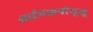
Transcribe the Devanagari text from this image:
आईएफ़पीयूजू